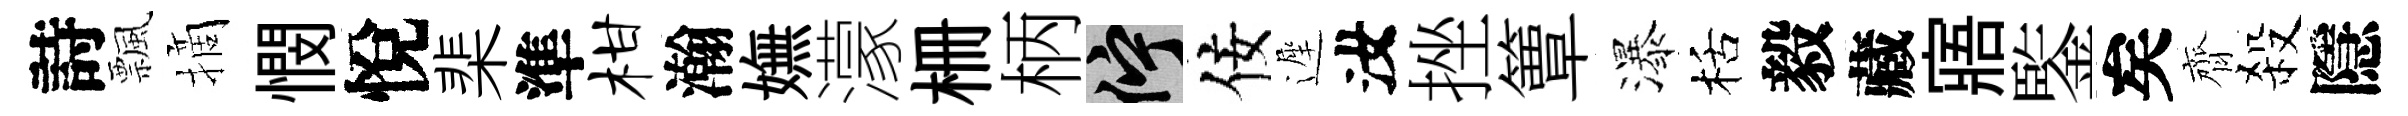
詩飄摘憫悅棐準柑瀚嫵濛栅柄伫佞遲汝挫簟瀑栝毅藏寤鍳矣齊殺隱